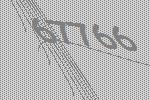
67766